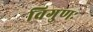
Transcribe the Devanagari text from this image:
विगुणः